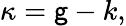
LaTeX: \kappa=\mathsf{g}-k,